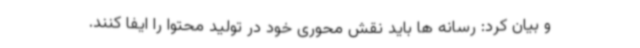
و بیان کرد: رسانه ها باید نقش محوری خود در تولید محتوا را ایفا کنند.